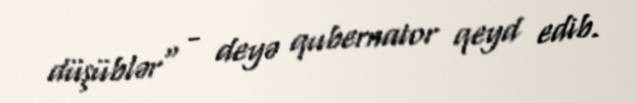
düşüblər" - deyə qubernator qeyd edib.